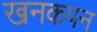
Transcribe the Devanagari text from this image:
खनकपन